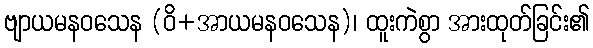
ဗျာယမနဝသေန (ဝိ+အာယမနဝသေန)၊ ထူးကဲစွာ အားထုတ်ခြင်း၏